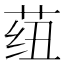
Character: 𬜺